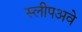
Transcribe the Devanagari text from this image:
स्लीपअवे